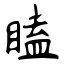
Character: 瞌